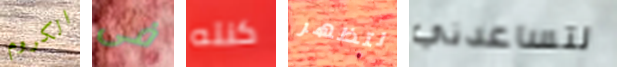
الكروم فى كنته لتظهر لتساعدني